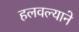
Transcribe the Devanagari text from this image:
हलवल्याने